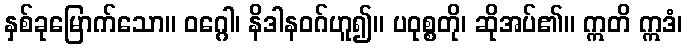
နှစ်ခုမြောက်သော။ ဝဂ္ဂေါ၊ နိဒါနဝဂ်ဟူ၍။ ပဝုစ္စတို၊ ဆိုအပ်၏။ ဣတိ ဣဒံ၊